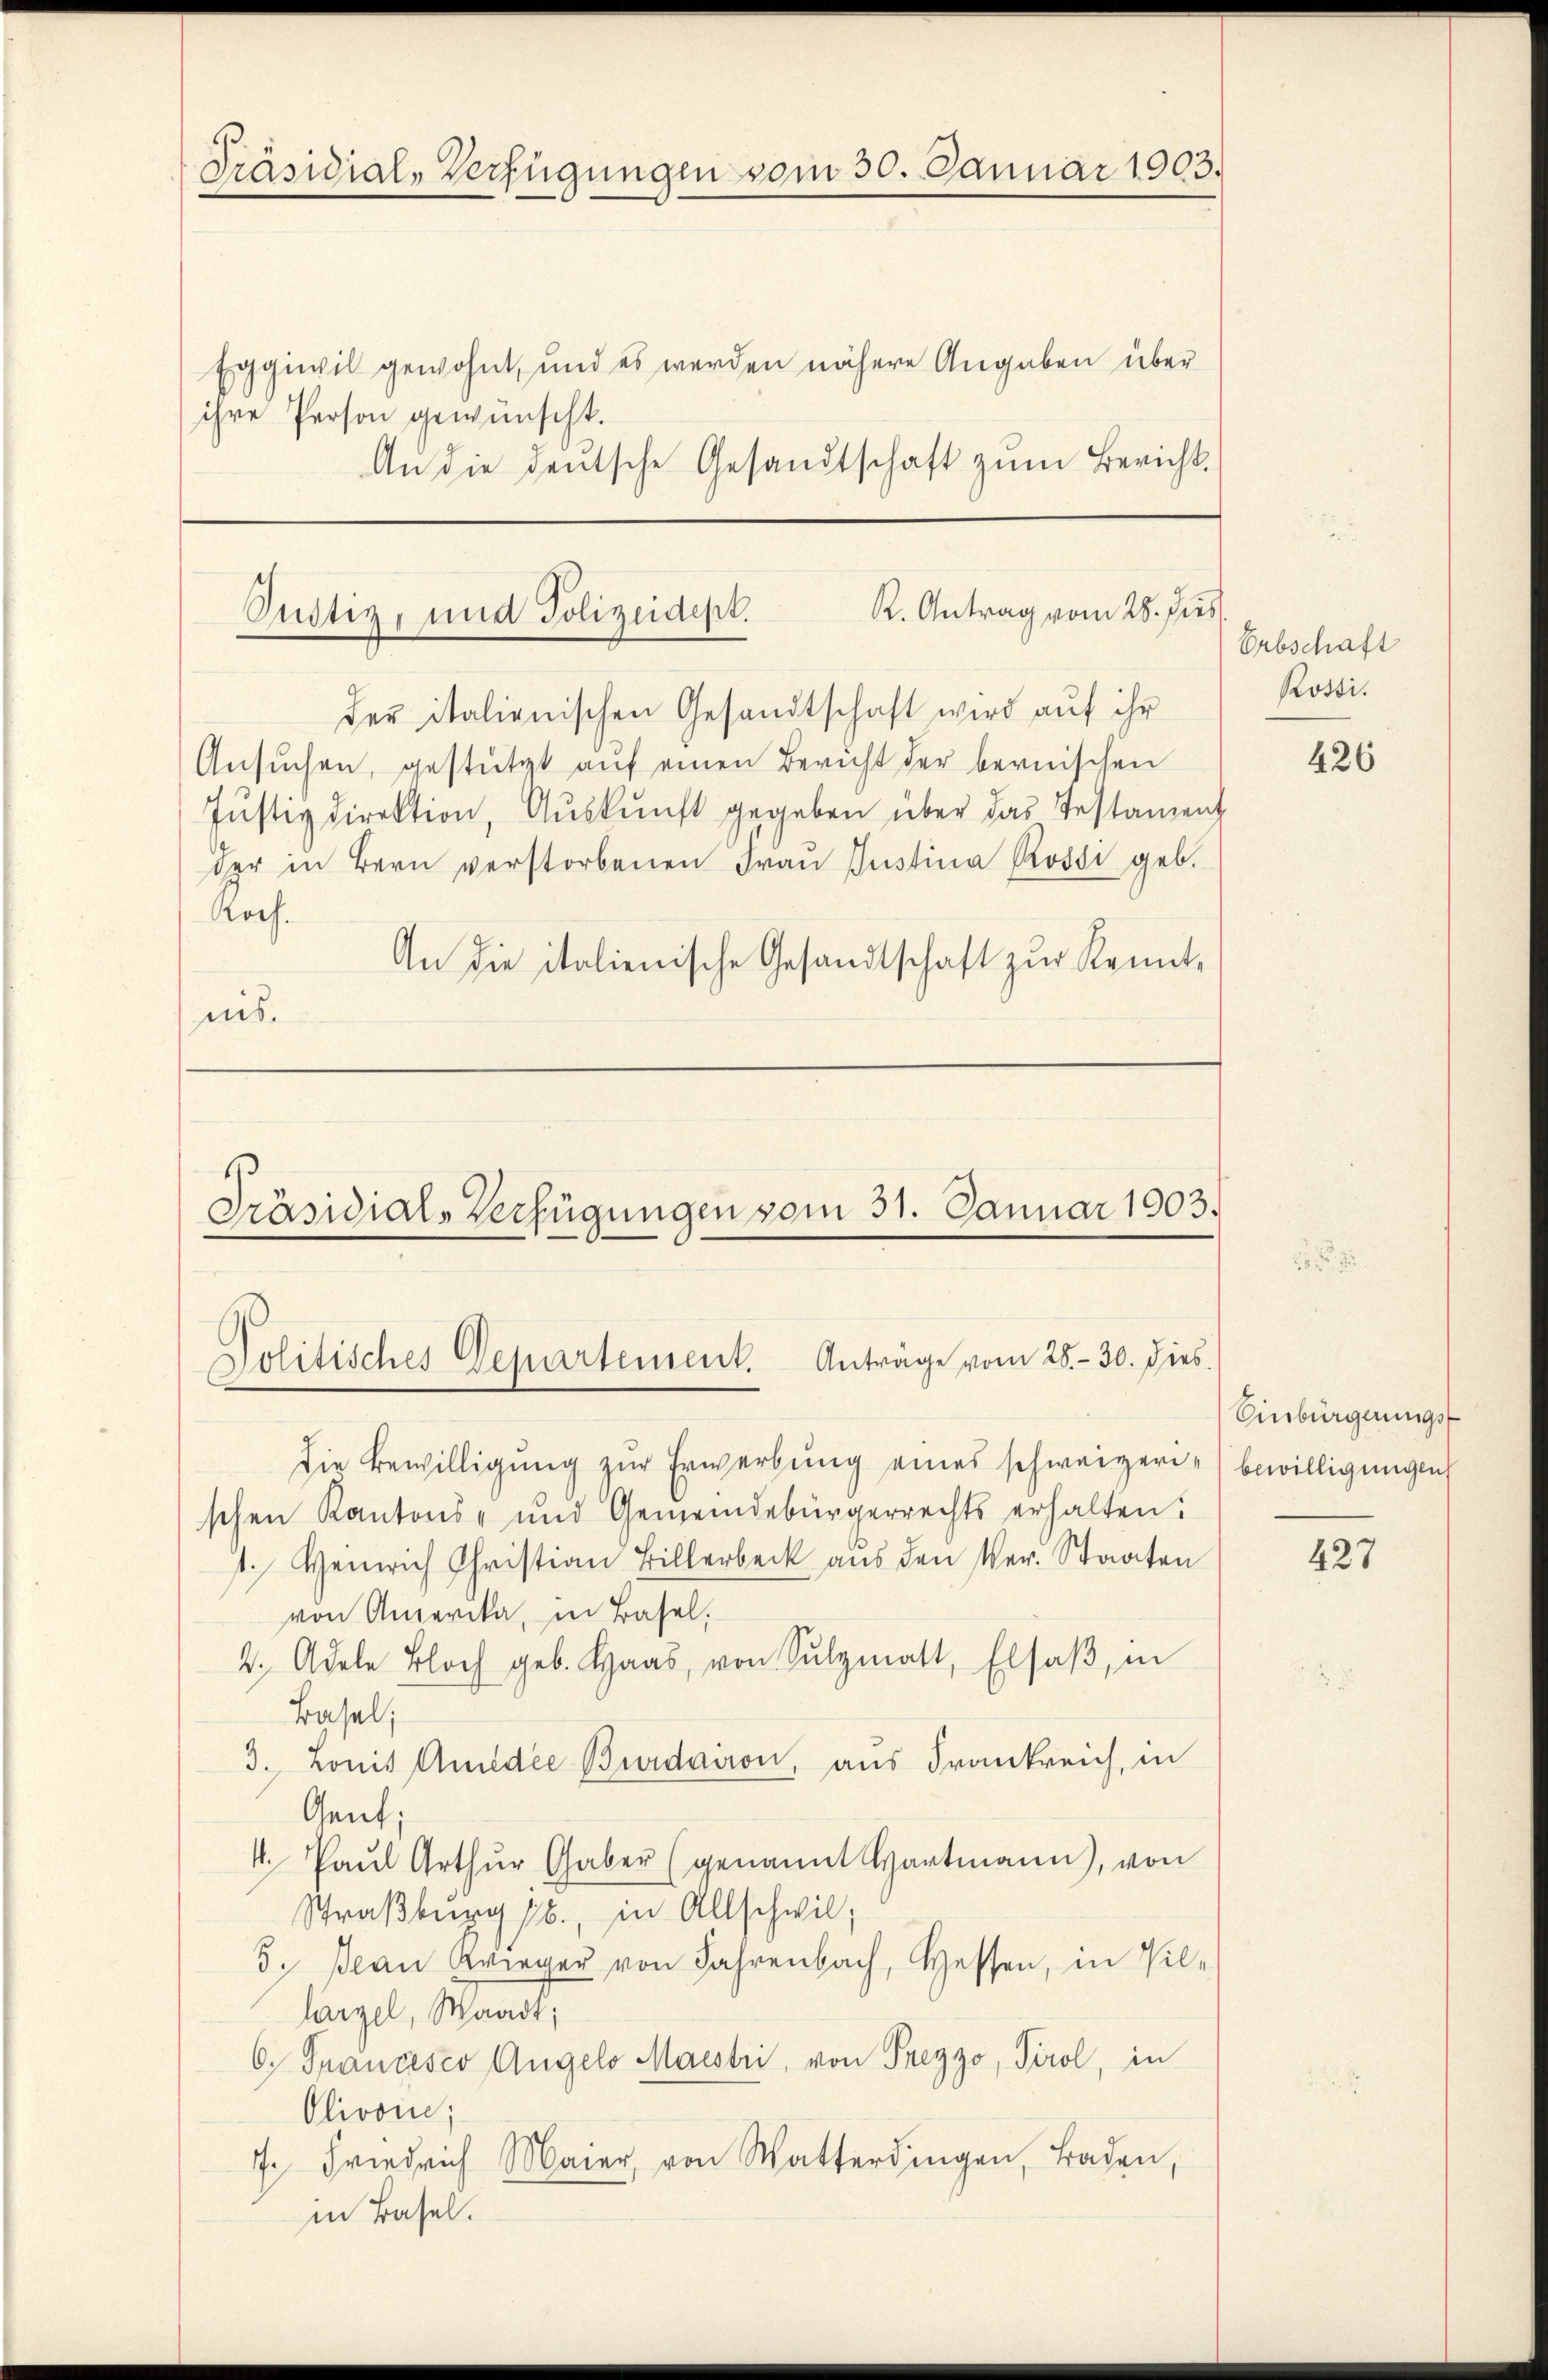
Präsidial-Verfügungen vom 30. Januar 1903.

Eggiwil gewohnt, und es werden nähere Angaben über
ihre Person gewünscht.
An die deutsche Gesandtschaft zum Bericht

R. Antrag vom 28. dies
Pustiz, und Polizeidept.

der italienischen Gesandtschaft wird auf ihr
Ansŭchen, gestützt auf einen Bericht der bernischen
Jŭstizdirektion, Aŭskŭnft gegeben über das Testament
der in Bern verstorbenen Frau Justina Rossi geb.
Roch.
An die italienische Gesandtschaft zur Kennt-
nis.

Präsidial-Verfügungen vom 31. Januar 1903.
Politisches Departement. Anträge vom 28. - 30. dies

die Bewilligung zur Erwerbung eines schweizerischen Kantons- und Gemeindebürgerrechts erhalten.
1. Heinrich Christian Billerbeck aus den Ver- Staaten
von Amerika, in Basel,
2. Adele Bloch geb. Haas, von Sŭlzmatt, Elsaβ, in
Basel;
3. Lonis Audie Burdairon, aus Frankreich, in
Gent;
4. Paŭl Arthŭr Gaber (genannt Hartmann, von
Straßburg 1., in Allschwil;
3. Jean Krieger von Jahrenbach, Hessen, in Villangel, Waadt,
6. Francesco Angelo Maestri, von Prezzo, Tirol, in
Olivoin;
7. Friedrich Maier, von Watterdingen, Baden,
in Basel.

Erbschaft
Rossi.

426

Einbürgerungs
bewilligungen,

427